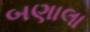
બણાલા